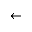
\leftarrow